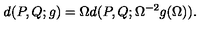
d ( P , Q ; g ) = \Omega d ( P , Q ; \Omega ^ { - 2 } g ( \Omega ) ) .